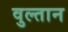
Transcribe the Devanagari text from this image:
वुल्तान